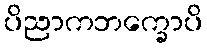
ပိညာကဘက္ခောပိ